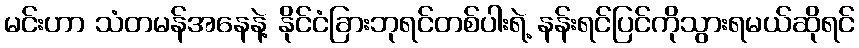
မင်းဟာ သံတမန်အနေနဲ့ နိုင်ငံခြားဘုရင်တစ်ပါးရဲ့ နန်းရင်ပြင်ကိုသွားရမယ်ဆိုရင်